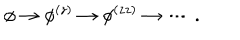
LaTeX: \phi \rightarrow \phi ^ { ( z ) } \rightarrow \phi ^ { ( z z ) } \rightarrow \cdots \, .